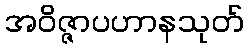
အဝိဇ္ဇာပဟာနသုတ်